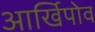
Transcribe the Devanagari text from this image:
आर्खिपोव